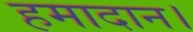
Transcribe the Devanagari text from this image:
हमादान।